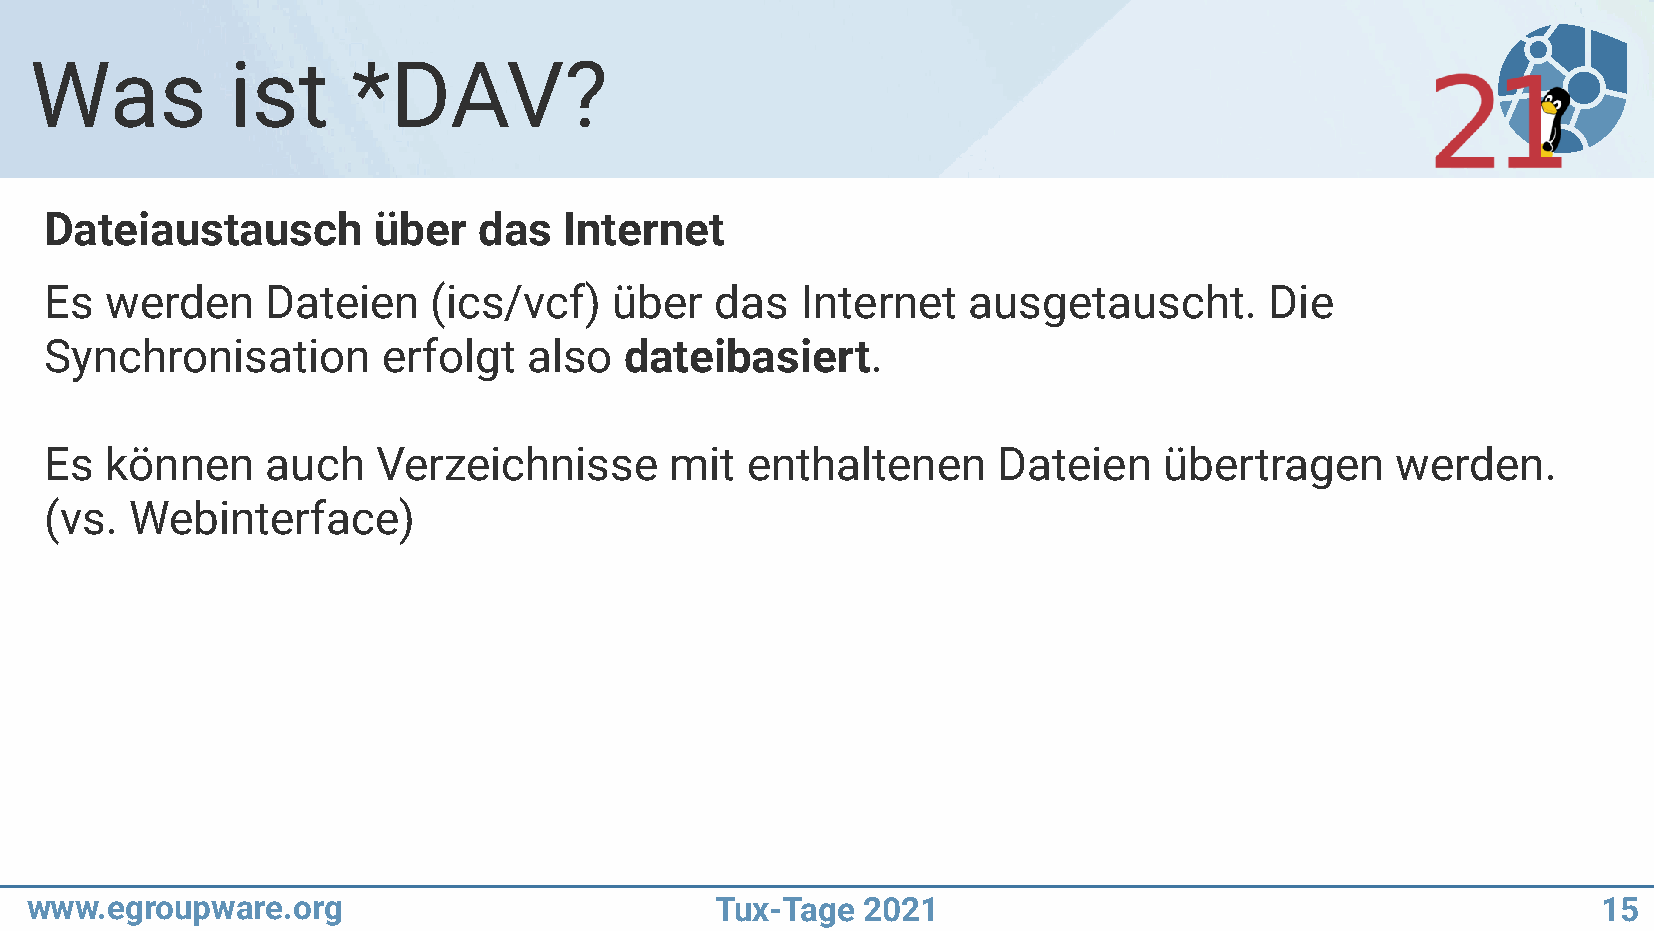
Was          ist     *DAV?
 Dateiaustausch        über   das  Internet
 Es  werden     Dateien    (ics/vcf)   über  das   Internet   ausgetauscht.       Die
 Synchronisation       erfolgt   also  dateibasiert.
 Es  können     auch   Verzeichnisse      mit  enthaltenen      Dateien    übertragen     werden.
 (vs.  Webinterface)
 www.egroupware.org                           Tux-Tage  2021                                             15